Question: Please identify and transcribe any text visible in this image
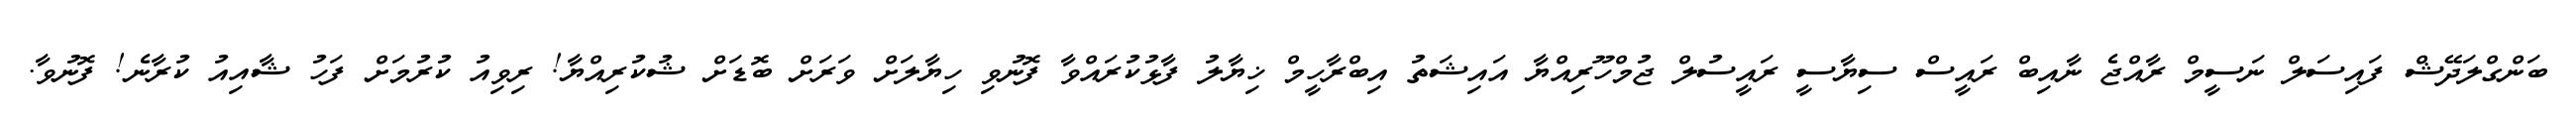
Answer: ބަންގްލަދޭޝް ފައިސަލް ނަސީމް ރާއްޖެ ނާއިބް ރައީސް ސިޔާސީ ރައީސުލް ޖުމްހޫރިއްޔާ އައިޝަތު އިބްރާހީމް ޚިޔާލު ފާޅުކުރައްވާ ފޮނުވި ހިޔާލަށް ވަރަށް ބޮޑަށް ޝުކުރިއްޔާ! ރިވިއު ކުރުމަށް ފަހު ޝާއިއު ކުރާނެ! ފޮނުވާ.